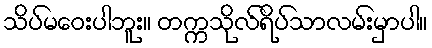
သိပ်မဝေးပါဘူး။ တက္ကသိုလ်ရိပ်သာလမ်းမှာပါ။